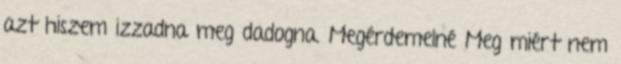
azt hiszem izzadna meg dadogna. Megérdemelné Meg miért nem